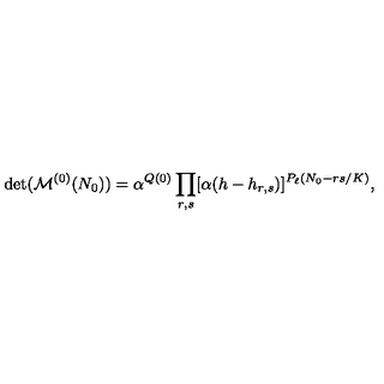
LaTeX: \det ( { \cal M } ^ { ( 0 ) } ( N _ { 0 } ) ) = \alpha ^ { Q ( 0 ) } \prod _ { r , s } [ \alpha ( h - h _ { r , s } ) ] ^ { P _ { \ell } ( N _ { 0 } - r s / K ) } { } ,